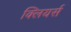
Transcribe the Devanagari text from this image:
क्लियर्स